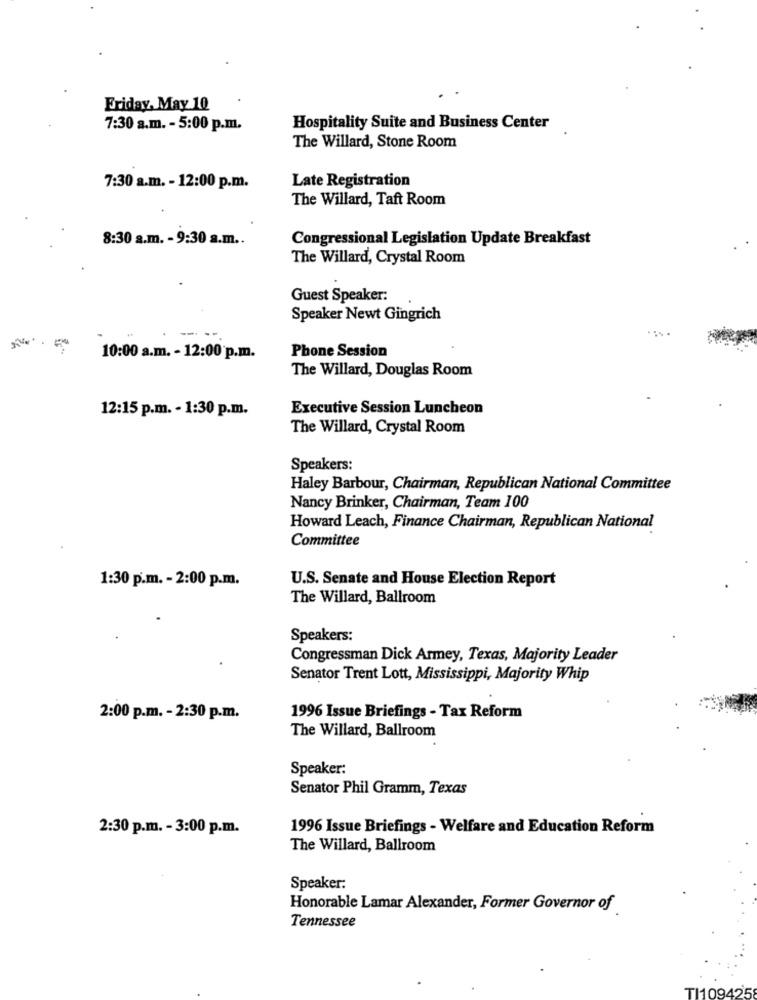
Friday, May 10
7:30 a.m. - 5:00 p.m.
Hospitality Suite and Business Center
The Willard, Stone Room
Late Registration
7:30 a.m. - 12:00 p.m.
The Willard, Taft Room
8:30 a.m. - 9:30 a.m ..
Congressional Legislation Update Breakfast
The Willard, Crystal Room
Guest Speaker:
Speaker Newt Gingrich
---
10:00 a.m. - 12:00 p.m.
Phone Session
The Willard, Douglas Room
12:15 p.m. - 1:30 p.m.
Executive Session Luncheon
The Willard, Crystal Room
Speakers:
Haley Barbour, Chairman, Republican National Committee
Nancy Brinker, Chairman, Team 100
Howard Leach, Finance Chairman, Republican National
Committee
1:30 p.m. - 2:00 p.m.
U.S. Senate and House Election Report
The Willard, Ballroom
Speakers:
Congressman Dick Armey, Texas, Majority Leader
Senator Trent Lott, Mississippi, Majority Whip
2:00 p.m. - 2:30 p.m.
1996 Issue Briefings - Tax Reform
The Willard, Ballroom
Speaker:
Senator Phil Gramm, Texas
2:30 p.m. - 3:00 p.m.
1996 Issue Briefings - Welfare and Education Reform
The Willard, Ballroom
Speaker:
Honorable Lamar Alexander, Former Governor of
Tennessee
TI109425